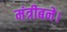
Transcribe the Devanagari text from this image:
मंत्रीबने।